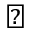
\sharp